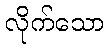
လိုက်သော